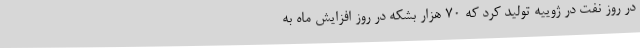
در روز نفت در ژوییه تولید کرد که 70 هزار بشکه در روز افزایش ماه به